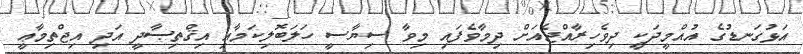
އަޅުގަނޑުގެ އުއްމީދަކީ ދިވެހިރާއްޖެއަށް ދިމާވެފައި މިވާ ސިޔާސީ ހަލަބޮލިކަމާއި އިޤްތިޞާދީ އަދި އިޖްތިމާޢީ